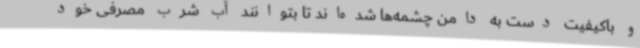
و باکیفیت دست به دامن چشمه‌ها شده‌اند تا بتوانند آب شرب مصرفی خود